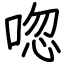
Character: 唿